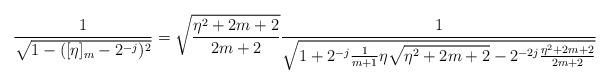
LaTeX: \begin{align*}\frac{1}{\sqrt{1-([\eta]_{m}-2^{-j})^2}}=\sqrt{\frac{\eta^2+2m+2}{2m+2}}\frac{1}{\sqrt{1+2^{-j}\frac{1}{m+1}\eta\sqrt{\eta^2+2m+2} -2^{-2j}\frac{\eta^2+2m+2}{2m+2}}}\end{align*}